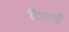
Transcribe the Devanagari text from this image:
हैसर्ड